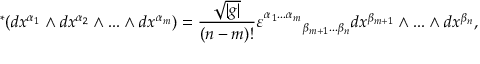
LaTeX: { } ^ { * } ( d x ^ { \alpha _ { 1 } } \wedge d x ^ { \alpha _ { 2 } } \wedge . . . \wedge d x ^ { \alpha _ { m } } ) = \frac { \sqrt { | g | } } { ( n - m ) ! } \varepsilon _ { \ \ \ \ \ \ \ \beta _ { m + 1 } . . . \beta _ { n } } ^ { \alpha _ { 1 } . . . \alpha _ { m } } d x ^ { \beta _ { m + 1 } } \wedge . . . \wedge d x ^ { \beta _ { n } } ,